Lunatic asylums in Bengal annual reports 1888-1898 - 1888-1898
Year: 1888
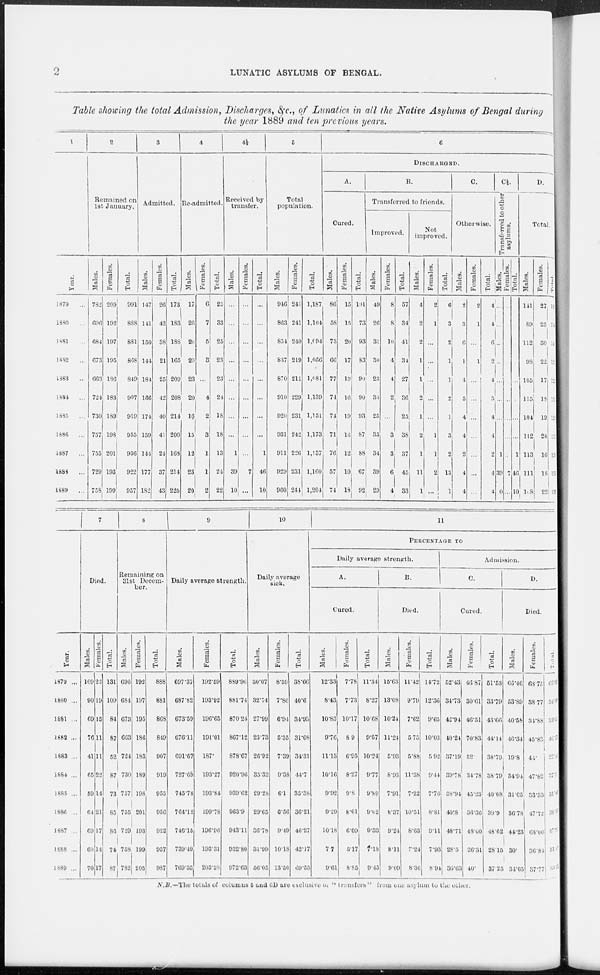
2
LUNATIC ASYLUMS OF BENGAL.
Table showing the total Admission, Discharges, &c., of Lunatics in all the Native Asylums of Bengal during
the year 1889 and ten previous years.
1
Year.
1879
...
1880 ...
1881 ...
1882 ...
1883
...
1884
...
1885
...
1886
...
1887
...
1888
...
1889
...
2
Remained on
1st January.
Males.
782
696
684
673
663
724
730
757
755
729
758
Females.
209
192
197
195
186
183
189
198
201
193
199
Total.
991
888
881
868
849
907
919
955
956
922
957
3
Admitted.
Males.
147
141
150
144
184
186
174
159
144
177
182
Females.
26
42
38
21
25
42
40
41
24
37
43
Total.
173
183
188
165
209
208
214
200
168
214
225
4
Re-admitted.
Males.
17
26
20
20
23
20
16
15
12
23
20
Females.
6
7
5
3
...
4
2
3
1
1
2
Total.
23
33
25
23
23
24
18
18
13
24
22
4½
Received by
transfer.
Males.
...
...
...
...
...
...
...
...
1
39
10
Females.
...
...
...
...
...
...
...
...
...
7
...
Total.
...
...
...
...
...
...
...
...
1
46
10
5
Total
population.
Males.
946
863
854
837
870
910
920
931
911
929
960
Females.
241
241
240
219
211
229
231
242
226
231
244
Total.
1,187
1,104
1,094
1,056
1,081
1,139
1,151
1,173
1,137
1,160
1,204
6
DISCHARGED.
A.
Cured.
Males.
86
58
73
66
77
74
74
71
76
57
74
Females.
15
15
20
17
13
16
19
16
12
10
18
Total.
101
73
93
83
90
90
93
87
88
67
92
B.
Transferred to friends.
Improved.
Males.
49
26
31
30
23
34
25
35
34
39
29
Females.
8
8
10
4
4
2
...
3
3
6
4
Total.
57
34
41
34
27
36
25
38
37
45
33
Not
improved.
Males.
4
2
2
1
1
2
1
2
1
11
1
Females.
2
1
...
...
...
...
...
1
1
2
...
Total.
6
3
2
1
1
2
1
3
2
13
1
C.
Otherwise.
Males.
2
3
6
1
4
5
4
4
2
4
4
Females.
2
1
...
1
...
...
...
...
...
...
...
Total.
4
4
6
2
4
5
4
4
2
4
4
C½.
Transferred to other
asylums.
Males.
...
...
...
...
...
...
...
...
1
39
10
Females.
...
...
...
...
...
...
...
...
...
7
...
Total.
...
...
...
...
...
...
...
...
1
46
10
D.
Total.
Males.
141
89
112
98
105
115
104
112
113
111
108
Females.
27
25
30
22
17
18
19
20
16
18
22
Total.
168
114
142
120
122
133
123
132
129
129
130
Year.
1879 ...
1880 ...
1881 ...
1882 ...
1883 ...
1884 ...
1885 ...
1886 ...
1887 ...
1888 ...
1889 ...
7
Died.
Males.
109
90
69
76
41
65
59
64
69
60
70
Females.
22
19
15
11
11
22
14
21
17
14
17
Total.
131
109
84
87
52
87
73
85
86
74
87
8
Remaining on
31st Decem-
ber.
Males.
696
684
673
663
724
730
757
755
729
758
782
Females.
192
197
195
186
183
189
198
201
193
199
205
Total.
888
881
868
849
907
919
955
956
922
957
987
9
Daily average strength.
Males.
697.37
687.82
673.59
676.11
691.67
727.69
745.78
764.12
746.15
739.49
769.35
Females.
192.59
193.92
196.65
191.01
187.
193.27
193.84
199.78
196.96
193.31
203.28
Total.
889.96
881.74
870.24
867.12
878.67
920.96
939.62
963.9
943.11
932.80
972.63
10
Daily average
sick.
Males.
30.07
32.74
27.99
25.73
26.92
35.32
29.28
29.65
36.78
31.99
56.05
Females.
8.59
7.86
6.94
5.35
7.39
9.38
6.1
6.56
9.49
10.18
13.50
Total.
38.66
40.6
34.93
31.08
34.31
44.7
35.38
36.21
46.27
42.17
69.55
11
PERCENTAGE TO
Daily average strength.
A.
Cured.
Males.
12.33
8.43
10.83
9.76
11.13
10.16
9.92
9.29
10.18
7.7
9.61
Females.
7.78
7.73
10.17
8.9
6.95
8.27
9.8
8.01
6.09
5.17
8.85
Total.
11.34
8.27
10.68
9.57
10.24
9.77
9.89
9.02
9.33
7.18
9.45
B.
Died.
Males.
15.63
13.08
10.24
11.24
5.93
8.93
7.91
8.37
9.24
8.11
9.09
Females.
11.42
9.79
7.62
5.75
5.88
11.38
7.22
10.51
8.63
7.24
8.36
Total.
14.72
12.36
9.65
10.03
5.92
9.44
7.76
8.81
9.11
7.93
8.94
Admission.
C.
Cured.
Males.
52.43
34.73
42.94
40.24
37.19
39.78
38.94
40.8
48.71
28.5
36.63
Females.
46.87
30.61
46.51
70.83
52.
84.78
45.23
36.36
48.00
26.31
40.
Total.
51.53
33.79
43.66
44.14
38.79
38.79
40.08
39.9
48.62
28.15
37.25
D.
Died.
Males.
66.46
53.89
40.58
46.34
19.8
34.94
31.05
36.78
44.23
30.
34.65
Females.
68.75
38.77
34.88
45.83
44.
47.82
33.33
47.72
68.00
36.84
37.77
Total.
66.83
50.48
39.43
46.21
22.41
37.5
31.46
38.99
47.51
31.09
35.22
N.B.—The totals of columns 5 and 6D are exclusive on "transfers" from one asylum to the other.